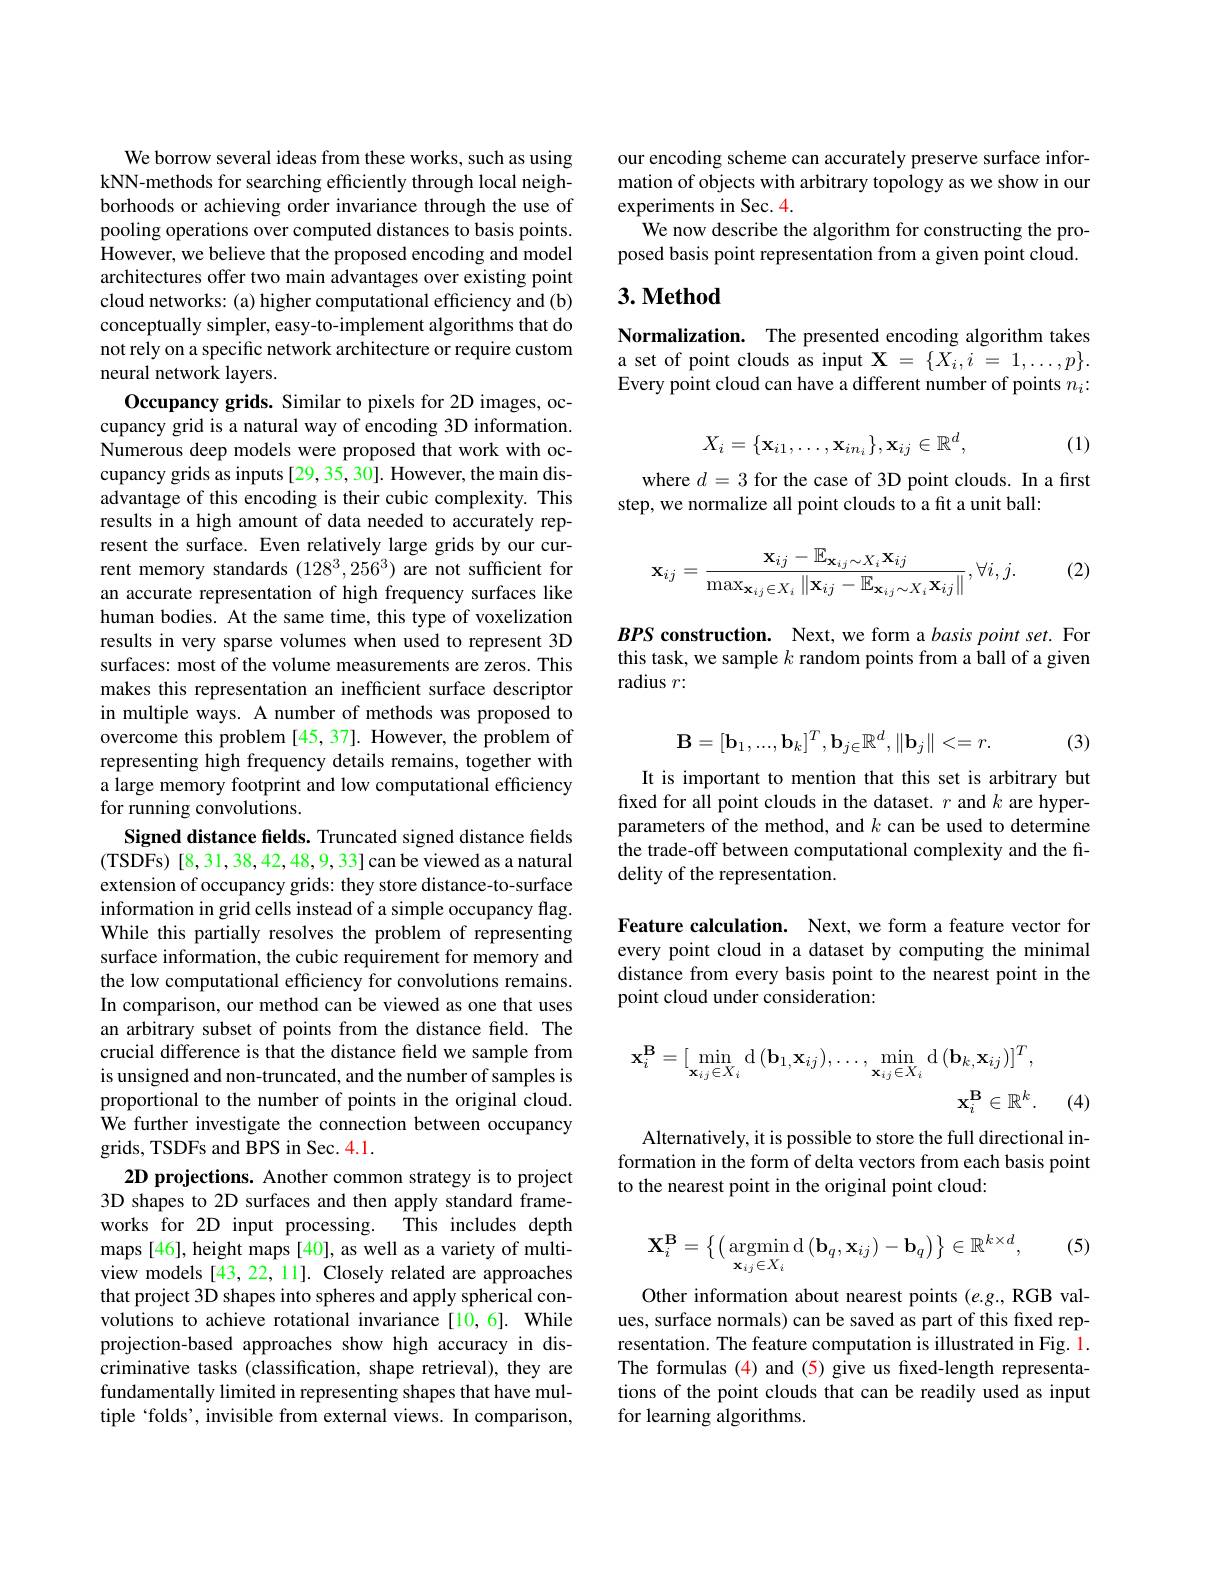
We borrow several ideas from these works, such as using kNN-methods for searching efficiently through local neighborhoods or achieving order invariance through the use of pooling operations over computed distances to basis points. However, we believe that the proposed encoding and model architectures offer two main advantages over existing point cloud networks: (a) higher computational efficiency and (b) conceptually simpler, easy-to-implement algorithms that do not rely on a specific network architecture or require custom neural network layers.
Occupancy grids. Similar to pixels for 2D images, occupancy grid is a natural way of encoding 3D information. Numerous deep models were proposed that work with occupancy grids as inputs[29,35,30]. However, the main disadvantage of this encoding is their cubic complexity. This results in a high amount of data needed to accurately represent the surface. Even relatively large grids by our current memory standards $(128^3,256^3)$ are not sufficient for an accurate representation of high frequency surfaces like human bodies. At the same time, this type of voxelization results in very sparse volumes when used to represent 3D surfaces: most of the volume measurements are zeros. This makes this representation an inefficient surface descriptor in multiple ways. A number of methods was proposed to overcome this problem [45, 37]. However, the problem of representing high frequency details remains, together with a large memory footprint and low computational efficiency for running convolutions.
Signed distance fields. Truncated signed distance fields (TSDFs) [8,31,38,42,48,9,33] can be viewed as a natural extension of occupancy grids: they store distance-to-surface information in grid cells instead of a simple occupancy flag. While this partially resolves the problem of representing surface information, the cubic requirement for memory and the low computational efficiency for convolutions remains. In comparison, our method can be viewed as one that uses an arbitrary subset of points from the distance field. The crucial difference is that the distance field we sample from is unsigned and non-truncated, and the number of samples is proportional to the number of points in the original cloud. We further investigate the connection between occupancy grids, TSDFs and BPS in Sec. 4.1.
2D projections. Another common strategy is to project 3D shapes to 2D surfaces and then apply standard frame-
This includes depth
works for 2D input processing.
maps [46], height maps [40], as well as a variety of multiview models [43,22,11]. Closely related are approaches that project 3D shapes into spheres and apply spherical convolutions to achieve rotational invariance [10,6]. While projection-based approaches show high accuracy in discriminative tasks (classification, shape retrieval), they are fundamentally limited in representing shapes that have multiple‘folds’, invisible from external views. In comparison,

our encoding scheme can accurately preserve surface information of objects with arbitrary topology as we show in our experiments in Sec. 4.
We now describe the algorithm for constructing the proposed basis point representation from a given point cloud.

## $3. \textbf{Method}$

Normalization. The presented encoding algorithm takes a set of point clouds as input $\mathbf{X}=\{X_i,i=1,\ldots,p\}.$ Every point cloud can have a different number of points $n_i:$
$$X_i=\{\mathbf{x}_{i1},\ldots,\mathbf{x}_{in_i}\},\mathbf{x}_{ij}\in\mathbb{R}^d,$$
(1)

where $d=3$ for the case of 3D point clouds. In a first
step, we normalize all point clouds to a fit a unit ball:

(2)
$$\mathbf{x}_{ij}=\frac{\mathbf{x}_{ij}-\mathbb{E}_{\mathbf{x}_{ij}\sim X_{i}}\mathbf{x}_{ij}}{\max_{\mathbf{x}_{ij}\in X_{i}}\|\mathbf{x}_{ij}-\mathbb{E}_{\mathbf{x}_{ij}\sim X_{i}}\mathbf{x}_{ij}\|},\forall i,j.$$
$BPS$ construction. Next, we form a basis point set. For this task, we sample $k$ random points from a ball of a given radius $r:$
$$\mathbf{B}=[\mathbf{b}_1,...,\mathbf{b}_k]^T,\mathbf{b}_{j\in\mathbb{R}^d},\|\mathbf{b}_j\|<=r.$$
(3)

It is important to mention that this set is arbitrary but fixed for all point clouds in the dataset. $r$ and $k$ are hyperparameters of the method, and $k$ can be used to determine the trade-off between computational complexity and the fidelity of the representation.

Feature calculation. Next, we form a feature vector for every point cloud in a dataset by computing the minimal distance from every basis point to the nearest point in the point cloud under consideration:
$$\begin{aligned}\mathbf{x}_{i}^{\mathbf{B}}=[\min_{\mathbf{x}_{ij}\in X_{i}}\mathrm{d}\left(\mathbf{b}_{1,}\mathbf{x}_{ij}\right),\ldots,\min_{\mathbf{x}_{ij}\in X_{i}}\mathrm{d}\left(\mathbf{b}_{k,}\mathbf{x}_{ij}\right)]^{T},\\\mathbf{x}_{i}^{\mathbf{B}}\in\mathbb{R}^{k}.\end{aligned}$$
(4)

Alternatively, it is possible to store the full directional information in the form of delta vectors from each basis point to the nearest point in the original point cloud:

(5)
$$\mathbf{X}_{i}^{\mathbf{B}}=\left\{\left(\underset{\mathbf{x}_{ij}\in X_{i}}{\mathrm{argmind}}\left(\mathbf{b}_{q},\mathbf{x}_{ij}\right)-\mathbf{b}_{q}\right)\right\}\in\mathbb{R}^{k\times d},$$
Other information about nearest points (e.g., RGB values, surface normals) can be saved as part of this fixed representation. The feature computation is illustrated in Fig. 1. The formulas (4) and (5) give us fixed-length representations of the point clouds that can be readily used as input for learning algorithms.